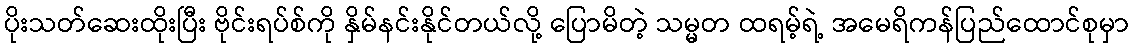
ပိုးသတ်ဆေးထိုးပြီး ဗိုင်းရပ်စ်ကို နှိမ်နင်းနိုင်တယ်လို့ ပြောမိတဲ့ သမ္မတ ထရမ့်ရဲ့ အမေရိကန်ပြည်ထောင်စုမှာ